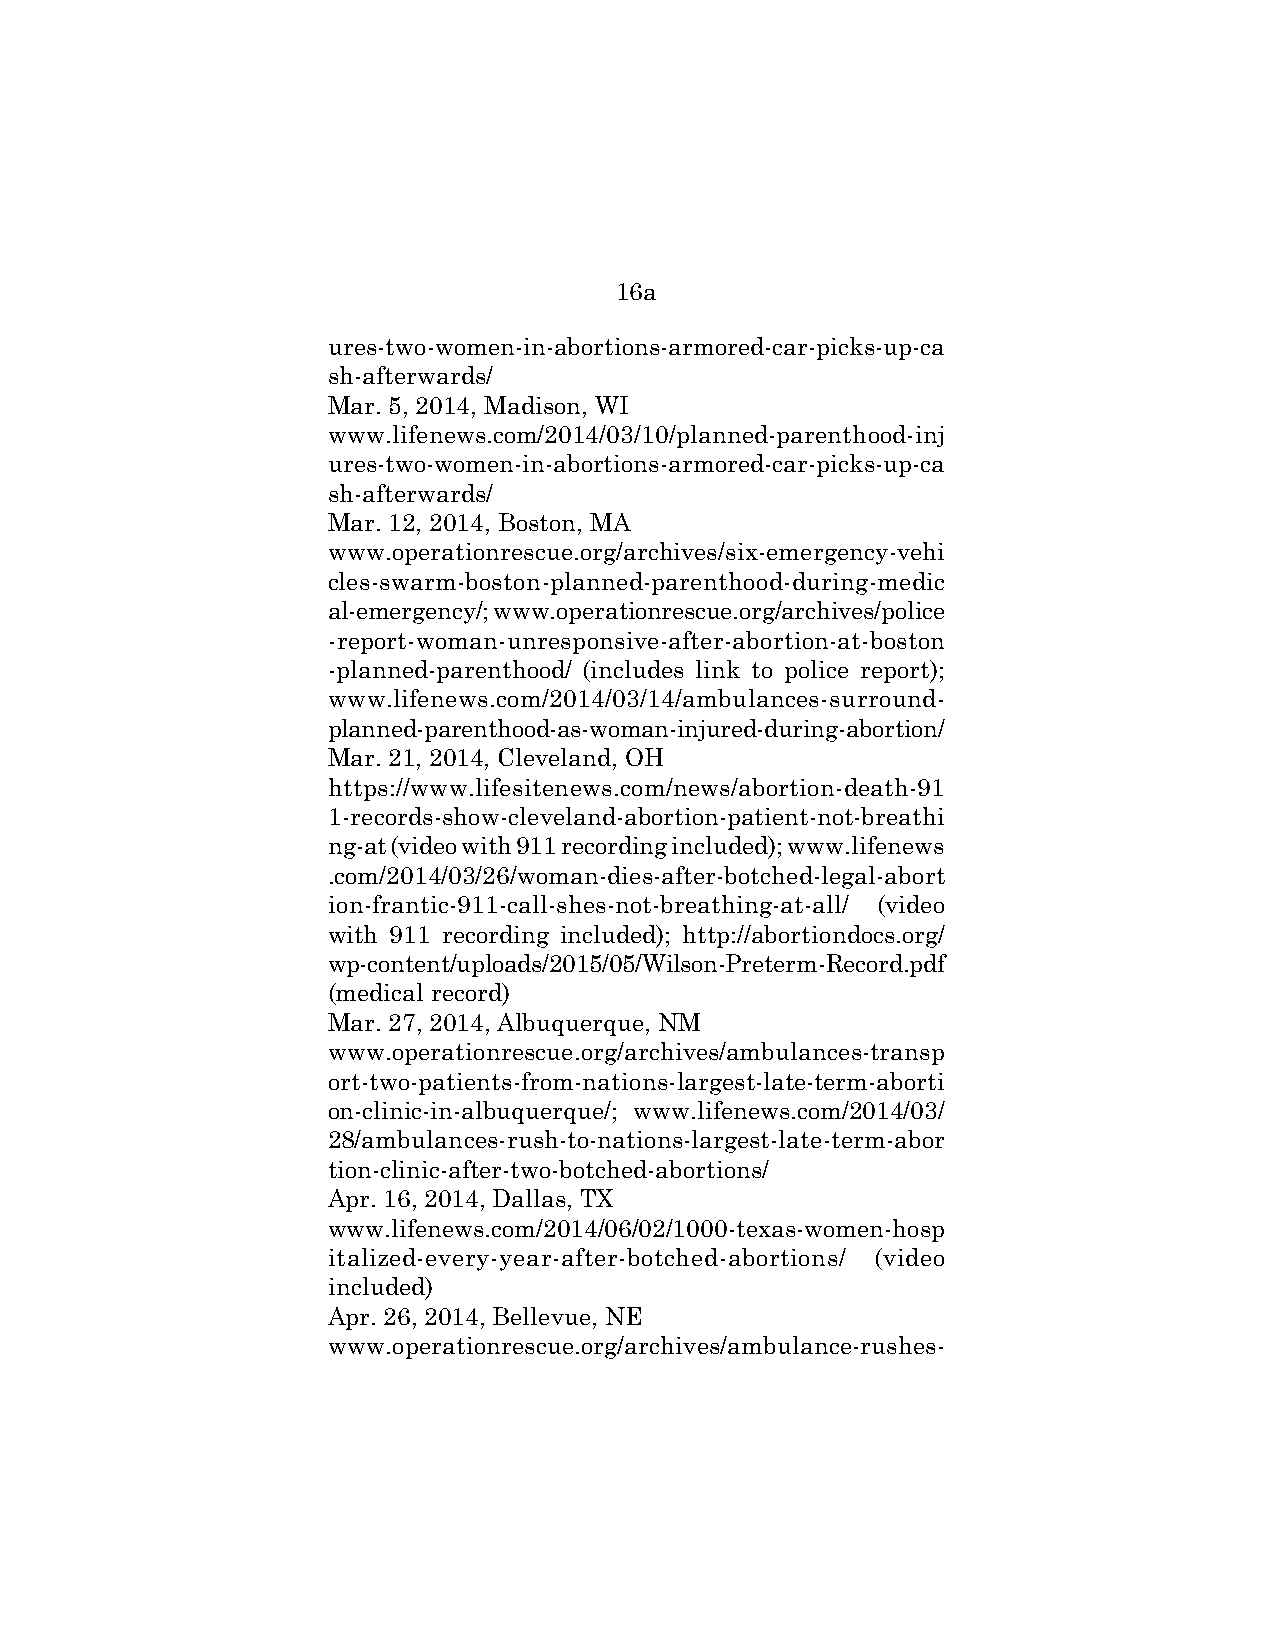
16a
 ures-two-women-in-abortions-armored-car-picks-up-ca
 sh-afterwards/
 Mar. 5, 2014, Madison, WI
 www.lifenews.com/2014/03/10/planned-parenthood-inj
 ures-two-women-in-abortions-armored-car-picks-up-ca
 sh-afterwards/
 Mar. 12, 2014, Boston, MA
 www.operationrescue.org/archives/six-emergency-vehi
 cles-swarm-boston-planned-parenthood-during-medic
 al-emergency/; www.operationrescue.org/archives/police
 -report-woman-unresponsive-after-abortion-at-boston
 -planned-parenthood/ (includes link to police report);
 www.lifenews.com/2014/03/14/ambulances-surround-
 planned-parenthood-as-woman-injured-during-abortion/
 Mar. 21, 2014, Cleveland, OH
 https://www.lifesitenews.com/news/abortion-death-91
 1-records-show-cleveland-abortion-patient-not-breathi
 ng-at (video with 911 recording included); www.lifenews
 .com/2014/03/26/woman-dies-after-botched-legal-abort
 ion-frantic-911-call-shes-not-breathing-at-all/ (video
 with 911 recording included); http://abortiondocs.org/
 wp-content/uploads/2015/05/Wilson-Preterm-Record.pdf
 (medical record)
 Mar. 27, 2014, Albuquerque, NM
 www.operationrescue.org/archives/ambulances-transp
 ort-two-patients-from-nations-largest-late-term-aborti
 on-clinic-in-albuquerque/; www.lifenews.com/2014/03/
 28/ambulances-rush-to-nations-largest-late-term-abor
 tion-clinic-after-two-botched-abortions/
 Apr. 16, 2014, Dallas, TX
 www.lifenews.com/2014/06/02/1000-texas-women-hosp
 italized-every-year-after-botched-abortions/ (video
 included)
 Apr. 26, 2014, Bellevue, NE
 www.operationrescue.org/archives/ambulance-rushes-